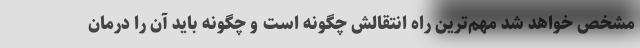
مشخص خواهد شد مهم‌ترین راه انتقالش چگونه است و چگونه باید آن را درمان